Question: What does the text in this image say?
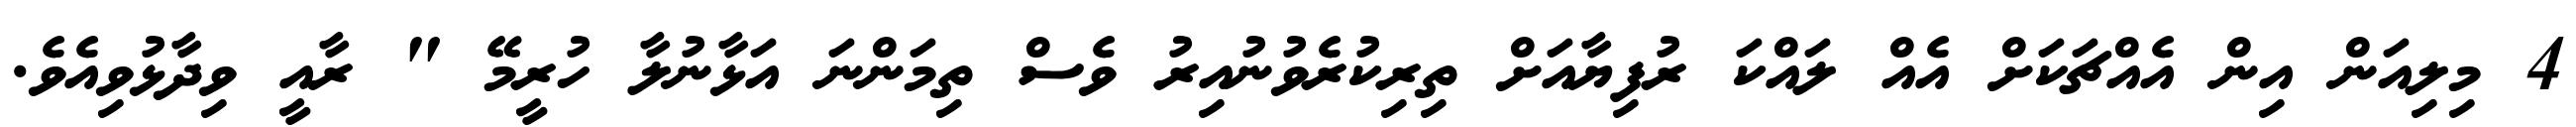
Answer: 4 މިލިއަން އިން އެއްޗަކަށް އެއް ލައްކަ ރުފިޔާއަށް ތިރިކުރެވުނުއިރު ވެސް ތިމަންނަ އަޅާނުލާ ހުރީމޭ " ރާއީ ވިދާޅުވިއެވެ.